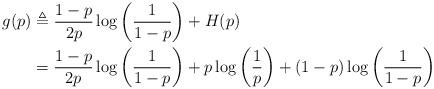
LaTeX: \begin{align*}g(p) & \triangleq \frac{1-p}{2p} \log\left(\frac{1}{1-p}\right) + H(p) \\&= \frac{1-p}{2p} \log\left(\frac{1}{1-p}\right) + p \log\left( \frac{1}{p} \right) + (1-p) \log\left( \frac{1}{1-p} \right)\end{align*}